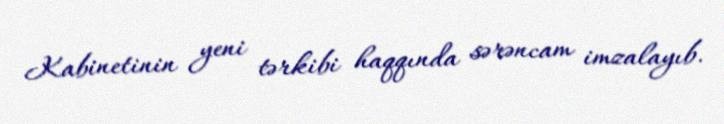
Kabinetinin yeni tərkibi haqqında sərəncam imzalayıb.